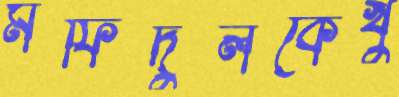
মফিদুলকেখুঁ